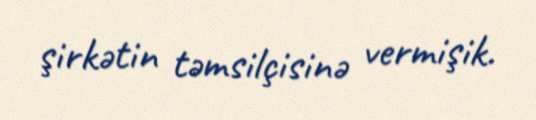
şirkətin təmsilçisinə vermişik.